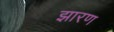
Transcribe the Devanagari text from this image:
झारण